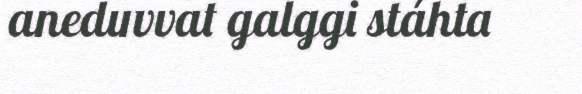
aneduvvat galggi stáhta